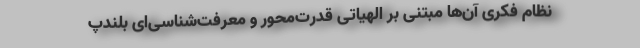
نظام فکری آن‌ها مبتنی بر الهیاتی قدرت‌محور و معرفت‌شناسی‌ای بلندپ